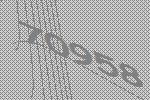
70958